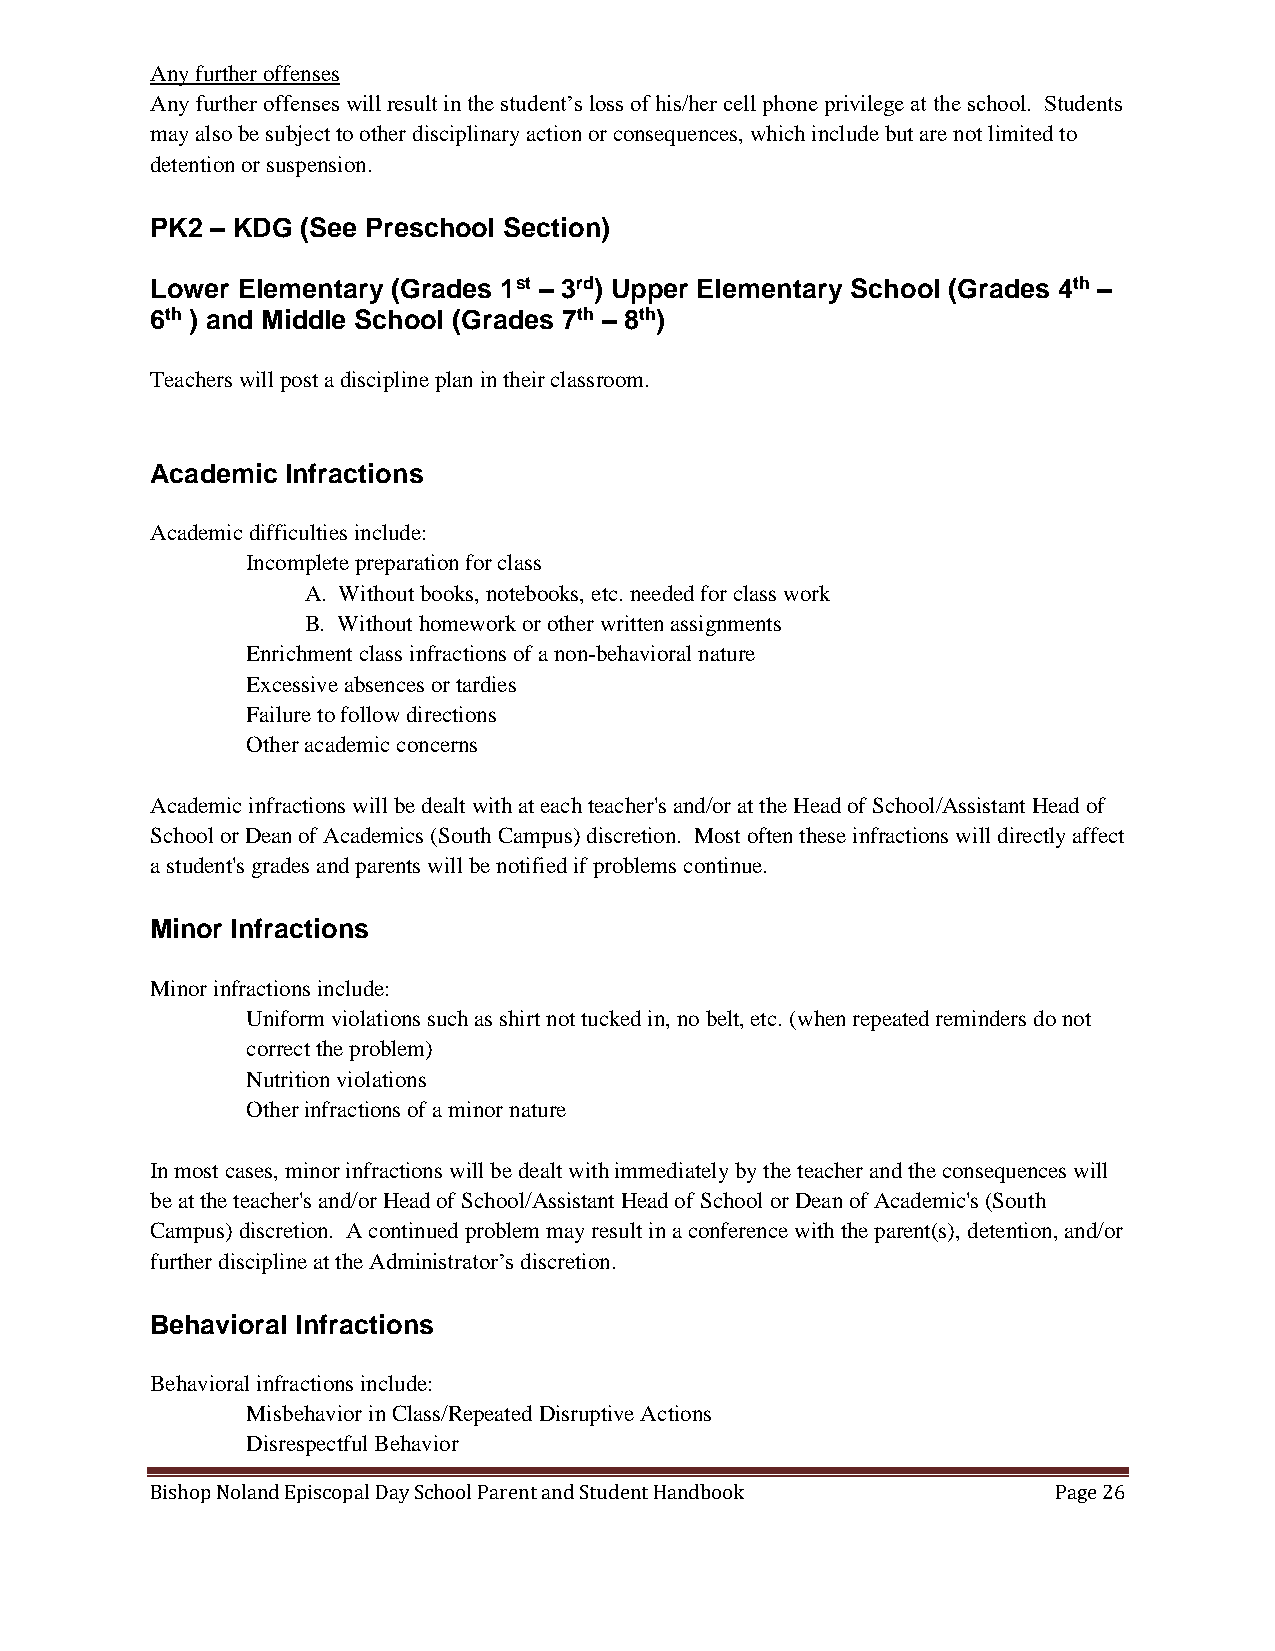
Any further offenses
 Any further offenses will result in the student’s loss of his/her cell phone privilege at the school. Students
 may also be subject to other disciplinary action or consequences, which include but are not limited to
 detention or suspension.
 PK2 – KDG (See Preschool Section)
 Lower Elementary (Grades 1st – 3rd) Upper Elementary School (Grades 4th –
 6th ) and Middle School (Grades 7th – 8th)
 Teachers will post a discipline plan in their classroom.
 Academic Infractions
 Academic difficulties include:
 Incomplete preparation for class
 A. Without books, notebooks, etc. needed for class work
 B. Without homework or other written assignments
 Enrichment class infractions of a non-behavioral nature
 Excessive absences or tardies
 Failure to follow directions
 Other academic concerns
 Academic infractions will be dealt with at each teacher's and/or at the Head of School/Assistant Head of
 School or Dean of Academics (South Campus) discretion. Most often these infractions will directly affect
 a student's grades and parents will be notified if problems continue.
 Minor Infractions
 Minor infractions include:
 Uniform violations such as shirt not tucked in, no belt, etc. (when repeated reminders do not
 correct the problem)
 Nutrition violations
 Other infractions of a minor nature
 In most cases, minor infractions will be dealt with immediately by the teacher and the consequences will
 be at the teacher's and/or Head of School/Assistant Head of School or Dean of Academic's (South
 Campus) discretion. A continued problem may result in a conference with the parent(s), detention, and/or
 further discipline at the Administrator’s discretion.
 Behavioral Infractions
 Behavioral infractions include:
 Misbehavior in Class/Repeated Disruptive Actions
 Disrespectful Behavior
 Bishop Noland Episcopal Day School Parent and Student Handbook Page 26